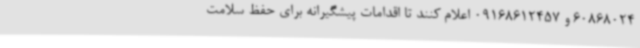
60868024 و 09168612457 اعلام کنند تا اقدامات پیشگیرانه برای حفظ سلامت